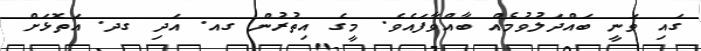
ގައި ވަނީ ބައްދަލުވުމެއް ބާއްވާފައެވެ. މީގެ އިތުރުން ގއ. އަދި ގދ. އަތޮޅަށް